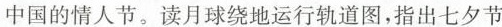
中国的情人节。读月球绕地运行轨道图，指出七夕节